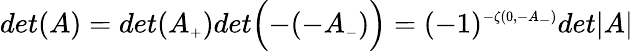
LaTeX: det(A)=det(A_{\scriptscriptstyle+})det\Bigl(-(-A_{\scriptscriptstyle-})\Bigr)=(-1)^{\scriptscriptstyle-\zeta(0,-A_{\scriptscriptstyle-})}det\vert A\vert